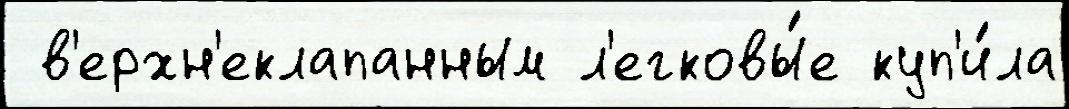
 в'ерхн'еклапанным л'егковы́е куп'и́ла